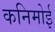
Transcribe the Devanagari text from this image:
कनिमोई